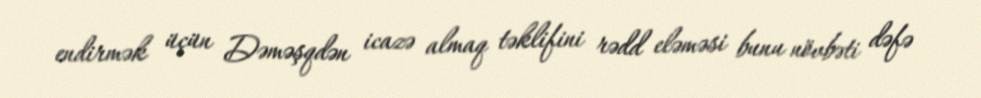
endirmək üçün Dəməşqdən icazə almaq təklifini rədd eləməsi bunu növbəti dəfə